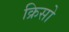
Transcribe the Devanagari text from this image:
क्रिसो